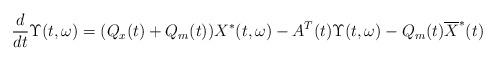
LaTeX: \begin{align*}\frac{d}{dt}\Upsilon(t,\omega)= (Q_x(t)+Q_m(t))X^*(t,\omega)-A^T(t)\Upsilon(t,\omega)-Q_m(t)\overline{X}^*(t)\end{align*}